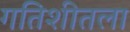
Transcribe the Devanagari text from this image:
गतिशीतला